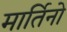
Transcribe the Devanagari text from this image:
मार्तिनो